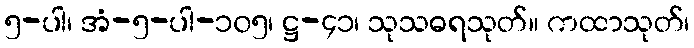
၅-ပါ၊ အံ-၅-ပါ-၁၀၅၊ ဋ္ဌ-၄၁၊ သုသဓရသုတ်။ ကထာသုတ်၊